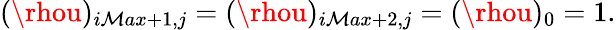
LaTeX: (\rhou)_{i\mathcal{M}ax+1,j}=(\rhou)_{i\mathcal{M}ax+2,j}=(\rhou)_{0}=1.